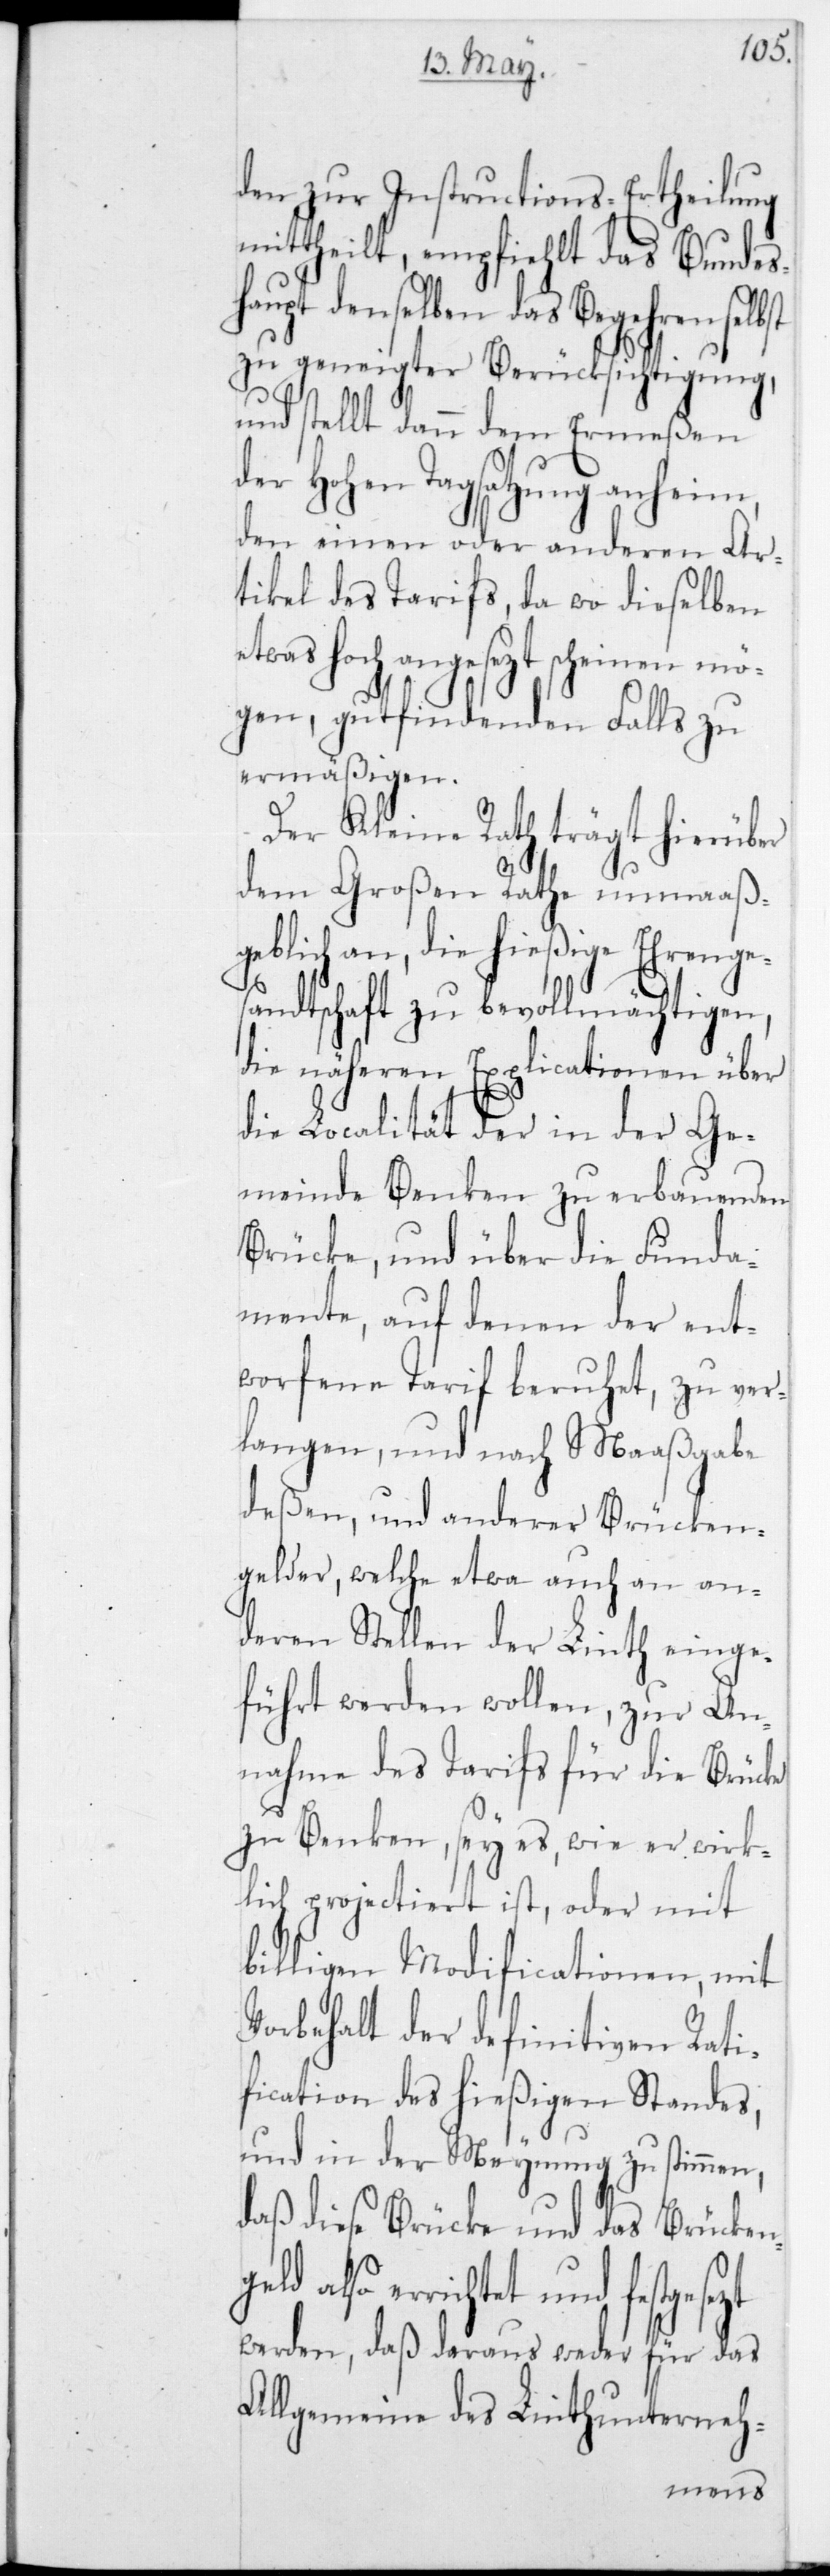
den zur Instructions-Ertheilung
mittheilt, empfiehlt das Bundes¬
haupt denselben das Begehren
zu geneigter Berücksichtigung,
und selbst dann dem Ermeßen
der Hohen Tagsatzung anheim,
den einen oder anderen Ar¬
tikel des Tarifs, da wo dieselben
etwas hoch angesezt scheinen mö¬
gen, gut findenden Falls zu
ermäßigen.
Der Kleine Rath trägt hierüber
dem Großen Rathe unmaß¬
geblich an, die hießige Ehrenge¬
sandtschaft zu bevollmächtigen,
die näheren Explicationen über
die Localität der in der Ge¬
meinde Benken zu erbauenden
Brücke, und über die Funda¬
mente, auf denen der ent¬
worfene Tarif beruhet, zu ver¬
langen, und nach Maaßgabe
deßen, und anderer Brücken¬
gelder, welche etwa auch an an¬
deren Stellen der Linth einge¬
führt werden wollen, zur An¬
nahme des Tarifs für die Brücke
zu Benken, sey es, wie er wirk¬
lich projectiert ist, oder mit
billigen Modificationen, mit
Vorbehalt der definitiven Rathi¬
fication des hießigen Standes,
und in der Meynung zu stimmen,
daß diese Brücke und das Brücken¬
geld also errichtet
werden, daß daraus weder für das
Allgemeine des Linthunterneh-